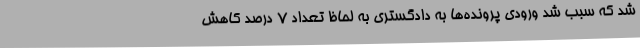
شد که سبب شد ورودی پرونده‌ها به دادگستری به لحاظ تعداد 7 درصد کاهش